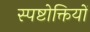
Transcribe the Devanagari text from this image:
स्पष्टोक्तियों